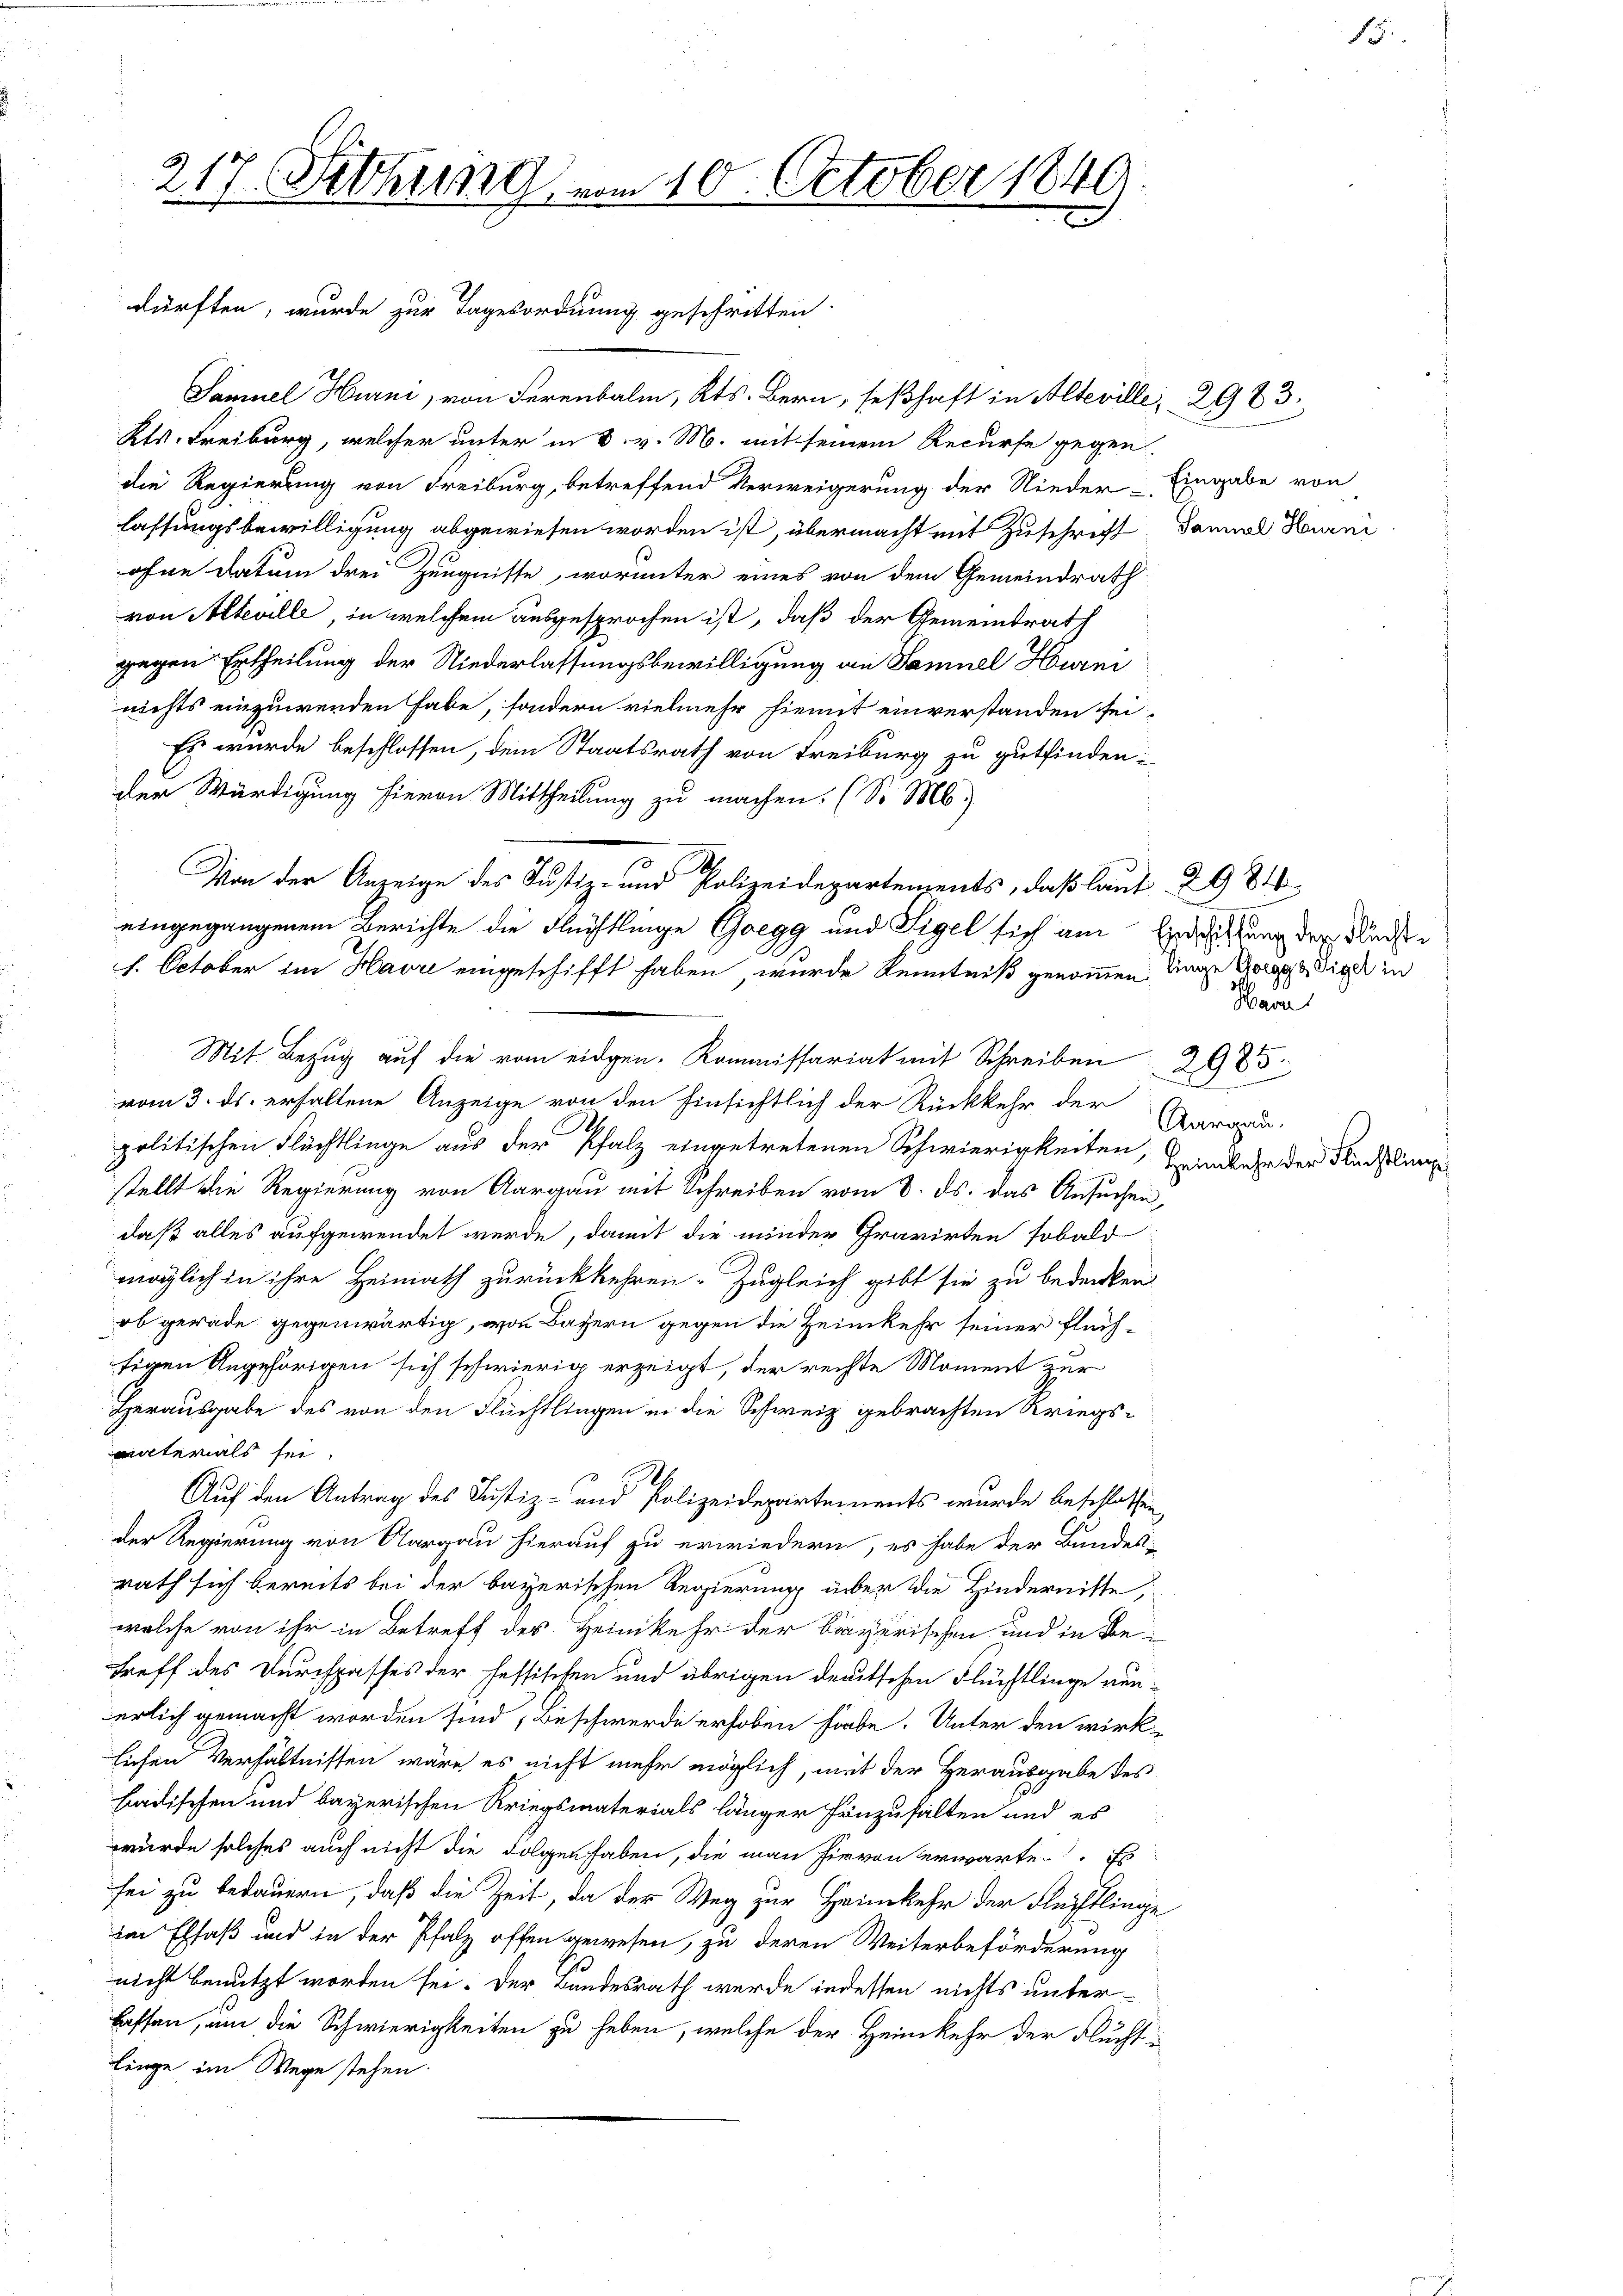
Samuel Hurni, von Ferenbalm, Kts. Bern, seßhaft in Alteville, 2983.
Kts. Freiburg, welcher unter in 8. v. M. mit seinem Recurse gegen
die Regierung von Freiburg, betreffend Verweigerung der Nieder- Eingabe von
lassungsbewilligung abgewiesen worden ist, übermacht mit Zuschrift. Dannual Hurni
ohne Datum drei Zeugnisse, worunter eines von dem Gemeindrath
von Alteville, in welchem ausgesprochen ist, daß der Gemeindrath
gegen Ertheilung der Niederlassungsbewilligung an Samuel Hurni
nichts einzuwenden habe, sondern vielmehr hiemit einverstanden sei.
Es wurde beschlossen, dem Staatsrath von Freiburg zu gutfinden:
der Würdigung hievon Mittheilung zu machen. (So Mb.)
2
Von der Anzeige des Justiz- und Polizeidepartements, daß laut 2984
eingegangenem Berichte die Flüchtlinge Gregg und Sigel sich am Ersitzung der Fluchte
h. October im Havre eingeschifft haben, wurde Kenntniß genommen Unge Horge die in
vom 3. ds. erhaltene Anzeige von den Einsichtlich der Rückkehr der
A
politischen Flüchtlinge aus der Pfalz eingetretenen Schwierigkeiten, ander der Ricklung
stellt die Regierung von Aargau mit Schreiben vom 8. ds. das Ansuchen,
daß alles aufgewendet werde, damit die minder Gravirten sobald
möglich in ihre Heimath zurückkehren. Zugleich gibt sie zu bedenken
ob gerade gegenwärtig, von Basern gegen die Heimkehr seiner Flüchfigen Angehörigen sich schwierig erzeigt, der rechte Moment zur
Herausgabe des von den Flüchtlingen in die Schweiz gebrachten Kriegsunterials sei.
Auf den Antrag des Justiz- und Polizeidepartements wurde beschlossen,
der Regierung von Aargau hierauf zu erwiedern, es habe der Bundes-
rath sich bereits bei der bayerischen Regierung über die Hindernitte,
welche von ihr in Betreff des Heimkehr der bayerischen und in Betreff des Durchpasses der fessischen und übrigen deutschen Flüchtlinge nunerlich gemacht worden sind, Beschwerde erhoben habe. Unter den wirk-
lichen Verhältnissen wäre es nicht mehr möglich, mit der Herausgabe des
badischen und bayerischen Kriegsmaterials länger Einzuhalten und es
wurde solches auch nicht die Folgen haben, die man hievon erwarte. Es
sei zu bedauern, daß die Zeit, da der Weg zur Heimkehr der Flüchtlinge
im Elsaß und in der Pfalz offen gewesen, zu deren Weiterbeförderung
nicht benutzt worden sei. Der Bundesrath werde indessen nichts unterlassen, um die Schwierigkeiten zu heben, welche der Heimkehr der Flucht
linge im Wege stehen.

217. Fethung vom 10. October 1849
|

dürften, wurde zur Tagesordnung geschritten.

Mit Bezŭg aŭf die vom eidgen. Kommissariat mit Schreiben 2985

Harr

Aargau.